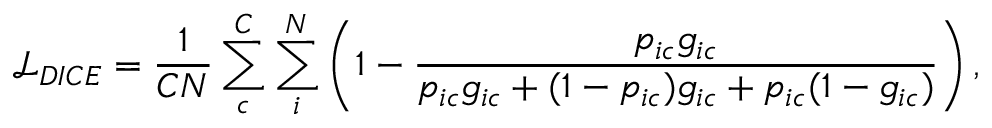
\mathcal { L } _ { D I C E } = \frac { 1 } { C N } \sum _ { c } ^ { C } \sum _ { i } ^ { N } \left( 1 - \frac { p _ { i c } g _ { i c } } { p _ { i c } g _ { i c } + ( 1 - p _ { i c } ) g _ { i c } + p _ { i c } ( 1 - g _ { i c } ) } \right) ,